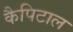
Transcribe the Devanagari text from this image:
कैपिटाल